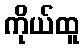
ကိုယ်ထူ